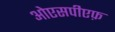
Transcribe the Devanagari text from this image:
ओएसपीएफ़